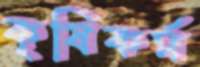
কৃষিকর্ম